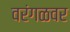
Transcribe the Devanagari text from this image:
वरंगळवर